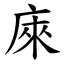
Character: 庲